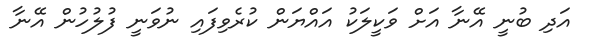
އަދި ބުނީ އޭނާ އަށް ވަކީލަކު އައްޔަން ކުރެވިފައި ނުވަނީ ފުލުހުން އޭނާ